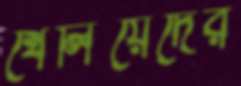
খেলিয়েদের